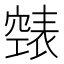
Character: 𮄏